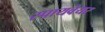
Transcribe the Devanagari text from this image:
स्पायवेयर